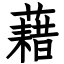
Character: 藉